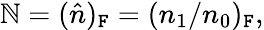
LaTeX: \mathbb{N}=(\hat{n})_{\mathtt{F}}=(n_{1}/n_{0})_{\mathtt{F}},